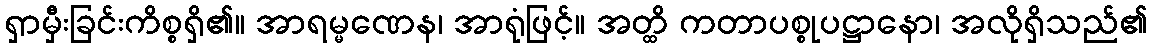
ရှာမှီးခြင်းကိစ္စရှိ၏။ အာရမ္မဏေန၊ အာရုံဖြင့်။ အတ္ထိ ကတာပစ္စုပဋ္ဌာနော၊ အလိုရှိသည်၏